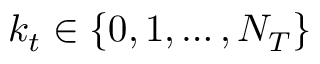
k _ { t } \in \{ 0 , 1 , \ldots , N _ { T } \}